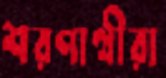
শরণার্থীরা